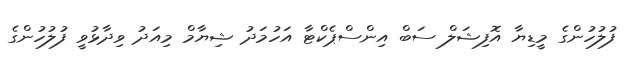
ފުލުހުންގެ މީޑިޔާ އޮފިޝަލް ސަބް އިންސްޕެކްޓާ އަހުމަދު ޝިޔާމް މިއަދު ވިދާޅުވީ ފުލުހުންގެ